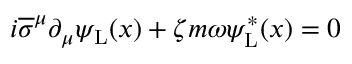
i { \overline { { \sigma } } } ^ { \mu } \partial _ { \mu } \psi _ { \mathrm { { L } } } ( x ) + \zeta m \omega \psi _ { \mathrm { { L } } } ^ { * } ( x ) = 0